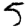
Digit: 5